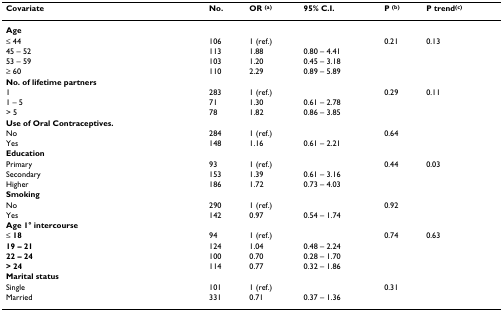
<table><thead><tr><td><b>Covariate</b></td><td><b>No.</b></td><td><b>OR <sup>(a)</sup></b></td><td><b>95% C.I.</b></td><td><b>P <sup>(b)</sup></b></td><td><b>P trend<sup>(c)</sup></b></td></tr></thead><tbody><tr><td><b>Age</b></td><td></td><td></td><td></td><td></td><td></td></tr><tr><td>≤ 44</td><td>106</td><td>1 (ref.)</td><td></td><td>0.21</td><td>0.13</td></tr><tr><td>45 – 52</td><td>113</td><td>1.88</td><td>0.80 – 4.41</td><td></td><td></td></tr><tr><td>53 – 59</td><td>103</td><td>1.20</td><td>0.45 – 3.18</td><td></td><td></td></tr><tr><td>≥ 60</td><td>110</td><td>2.29</td><td>0.89 – 5.89</td><td></td><td></td></tr><tr><td><b>No. of lifetime partners</b></td><td></td><td></td><td></td><td></td><td></td></tr><tr><td>1</td><td>283</td><td>1 (ref.)</td><td></td><td>0.29</td><td>0.11</td></tr><tr><td>1 – 5</td><td>71</td><td>1.30</td><td>0.61 – 2.78</td><td></td><td></td></tr><tr><td>&gt; 5</td><td>78</td><td>1.82</td><td>0.86 – 3.85</td><td></td><td></td></tr><tr><td><b>Use of Oral Contraceptives.</b></td><td></td><td></td><td></td><td></td><td></td></tr><tr><td>No</td><td>284</td><td>1 (ref.)</td><td></td><td>0.64</td><td></td></tr><tr><td>Yes</td><td>148</td><td>1.16</td><td>0.61 – 2.21</td><td></td><td></td></tr><tr><td><b>Education</b></td><td></td><td></td><td></td><td></td><td></td></tr><tr><td>Primary</td><td>93</td><td>1 (ref.)</td><td></td><td>0.44</td><td>0.03</td></tr><tr><td>Secondary</td><td>153</td><td>1.39</td><td>0.61 – 3.16</td><td></td><td></td></tr><tr><td>Higher</td><td>186</td><td>1.72</td><td>0.73 – 4.03</td><td></td><td></td></tr><tr><td><b>Smoking</b></td><td></td><td></td><td></td><td></td><td></td></tr><tr><td>No</td><td>290</td><td>1 (ref.)</td><td></td><td>0.92</td><td></td></tr><tr><td>Yes</td><td>142</td><td>0.97</td><td>0.54 – 1.74</td><td></td><td></td></tr><tr><td><b>Age 1° intercourse</b></td><td></td><td></td><td></td><td></td><td></td></tr><tr><td><b>≤ 18</b></td><td>94</td><td>1 (ref.)</td><td></td><td>0.74</td><td>0.63</td></tr><tr><td><b>19 – 21</b></td><td>124</td><td>1.04</td><td>0.48 – 2.24</td><td></td><td></td></tr><tr><td><b>22 – 24</b></td><td>100</td><td>0.70</td><td>0.28 – 1.70</td><td></td><td></td></tr><tr><td><b>&gt; 24</b></td><td>114</td><td>0.77</td><td>0.32 – 1.86</td><td></td><td></td></tr><tr><td><b>Marital status</b></td><td></td><td></td><td></td><td></td><td></td></tr><tr><td>Single</td><td>101</td><td>1 (ref.)</td><td></td><td>0.31</td><td></td></tr><tr><td>Married</td><td>331</td><td>0.71</td><td>0.37 – 1.36</td><td></td><td></td></tr></tbody></table>